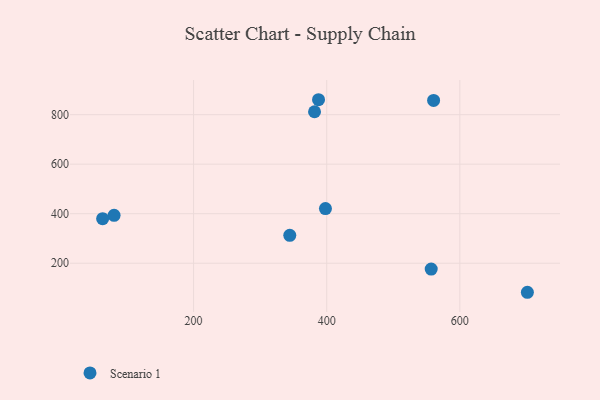
{"axis": {"x": "Engine Size", "y": "Profit"}, "legend": ["Scenario 1"], "data": [{"x": "560.6", "y": 857.6, "type": "Scenario 1"}, {"x": "344.5", "y": 312.8, "type": "Scenario 1"}, {"x": "80.5", "y": 393.3, "type": "Scenario 1"}, {"x": "381.7", "y": 811.7, "type": "Scenario 1"}, {"x": "557.0", "y": 176.5, "type": "Scenario 1"}, {"x": "387.7", "y": 860.3, "type": "Scenario 1"}, {"x": "398.1", "y": 420.6, "type": "Scenario 1"}, {"x": "701.5", "y": 82.7, "type": "Scenario 1"}, {"x": "63.3", "y": 380.0, "type": "Scenario 1"}]}